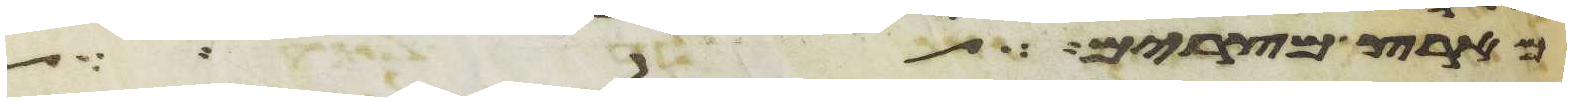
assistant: מארץ מצרים לילה